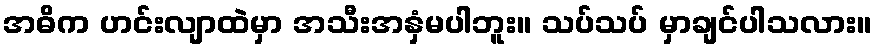
အဓိက ဟင်းလျာထဲမှာ အသီးအနှံမပါဘူး။ သပ်သပ် မှာချင်ပါသလား။